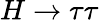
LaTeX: H\rightarrow\tau\tau